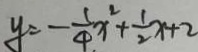
y = - \frac { 1 } { 4 } x ^ { 2 } + \frac { 1 } { 2 } x + 2